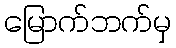
မြောက်ဘက်မှ